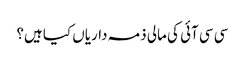
سی سی آئی کی مالی ذمہ داریاں کیا ہیں؟